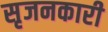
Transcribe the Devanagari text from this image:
सृजनकारी